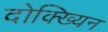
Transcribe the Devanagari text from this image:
दोक्ख्यिन